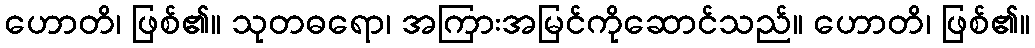
ဟောတိ၊ ဖြစ်၏။ သုတဓရော၊ အကြားအမြင်ကိုဆောင်သည်။ ဟောတိ၊ ဖြစ်၏။